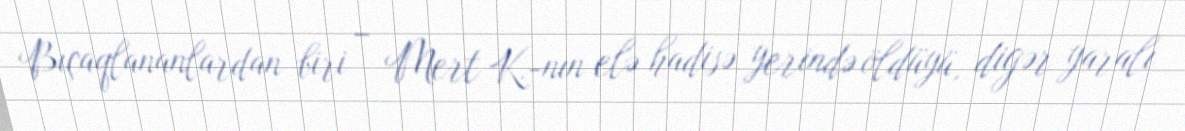
Bıçaqlananlardan biri – Mert K.-nın elə hadisə yerində öldüyü, digər yaralı